Indian journal of veterinary science and animal husbandry - Volume 12,
Year: 1942
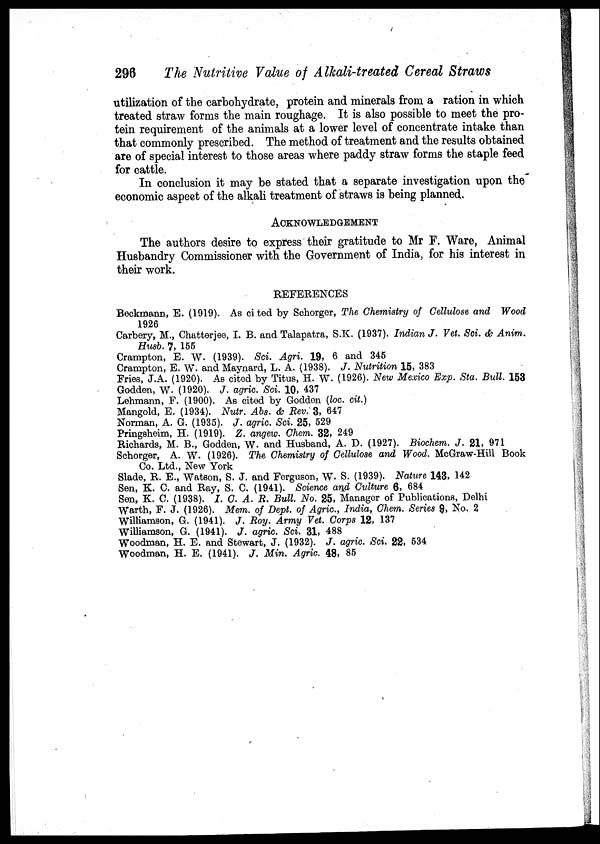
296
The Nutritive Value of Alkali-treated Cereal Straws
utilization of the carbohydrate, protein and minerals from a ration in which
treated straw forms the main roughage. It is also possible to meet the pro-
tein requirement of the animals at a lower level of concentrate intake than
that commonly prescribed. The method of treatment and the results obtained
are of special interest to those areas where paddy straw forms the staple feed
for cattle.
In conclusion it may be stated that a separate investigation upon the
economic aspect of the alkali treatment of straws is being planned.
ACKNOWLEDGEMENT
The authors desire to express their gratitude to Mr F. Ware, Animal
Husbandry Commissioner with the Government of India, for his interest in
their work.
REFERENCES
Beckmann, E. (1919). As ci ted by Schorger, The Chemistry of Cellulose and Wood
1926
Carbery, M., Chatterjee, I. B. and Talapatra, S.K. (1937). Indian J. Vet. Sci. & Anim.
Husb. 7, 155
Crampton, E. W. (1939). Sci. Agri. 19, 6 and 345
Crampton, E. W. and Maynard, L. A. (1938). J. Nutrition 15, 383
Fries, J.A. (1920). As cited by Titus, H. W. (1926). New Mexico Exp. Sta. Bull. 153
Godden, W. (1920). J. agric. Sci. 10, 437
Lehmann, F. (1900). As cited by Godden (loc. cit.)
Mangold, E. (1934). Nutr. Abs. & Rev. 3, 647
Norman, A. G. (1935). J. agric. Sci. 25, 529
Pringsheim, H. (1919). Z. angew. Chem. 32, 249
Richards, M. B., Godden, W. and Husband, A. D. (1927). Biochem. J. 21, 971
Schorger, A. W. (1926). The Chemistry of Cellulose and Wood. McGraw-Hill Book
Co. Ltd., New York
Slade, R. E., Watson, S. J. and Ferguson, W. S. (1939). Nature 143, 142
Sen, K. C. and Ray, S. C. (1941). Science and Culture 6, 684
Sen, K. C. (1938). I. C. A. R. Bull. No. 25, Manager of Publications, Delhi
Warth, F. J. (1926). Mem. of Dept. of Agric., India, Chem. Series 9, No. 2
Williamson, G. (1941). J. Roy. Army Vet. Corps 12, 137
Williamson, G. (1941). J. agric. Sci. 31, 488
Woodman, H. E. and Stewart, J. (1932). J. agric. Sci. 22, 534
Woodman, H. E. (1941). J. Min. Agric. 48, 85